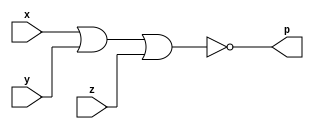
module norgate(
    input x,
    input y,
    input z,
    output p
);

assign p = ~(x|y|z);
endmodule